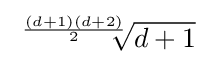
{\sqrt[{\frac {(d+1)(d+2)}{2}}]{d+1}}